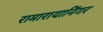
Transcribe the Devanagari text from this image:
रामारायानिंगर